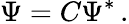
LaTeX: \Psi={C}\Psi^{\ast}\, .